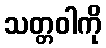
သတ္တဝါကို